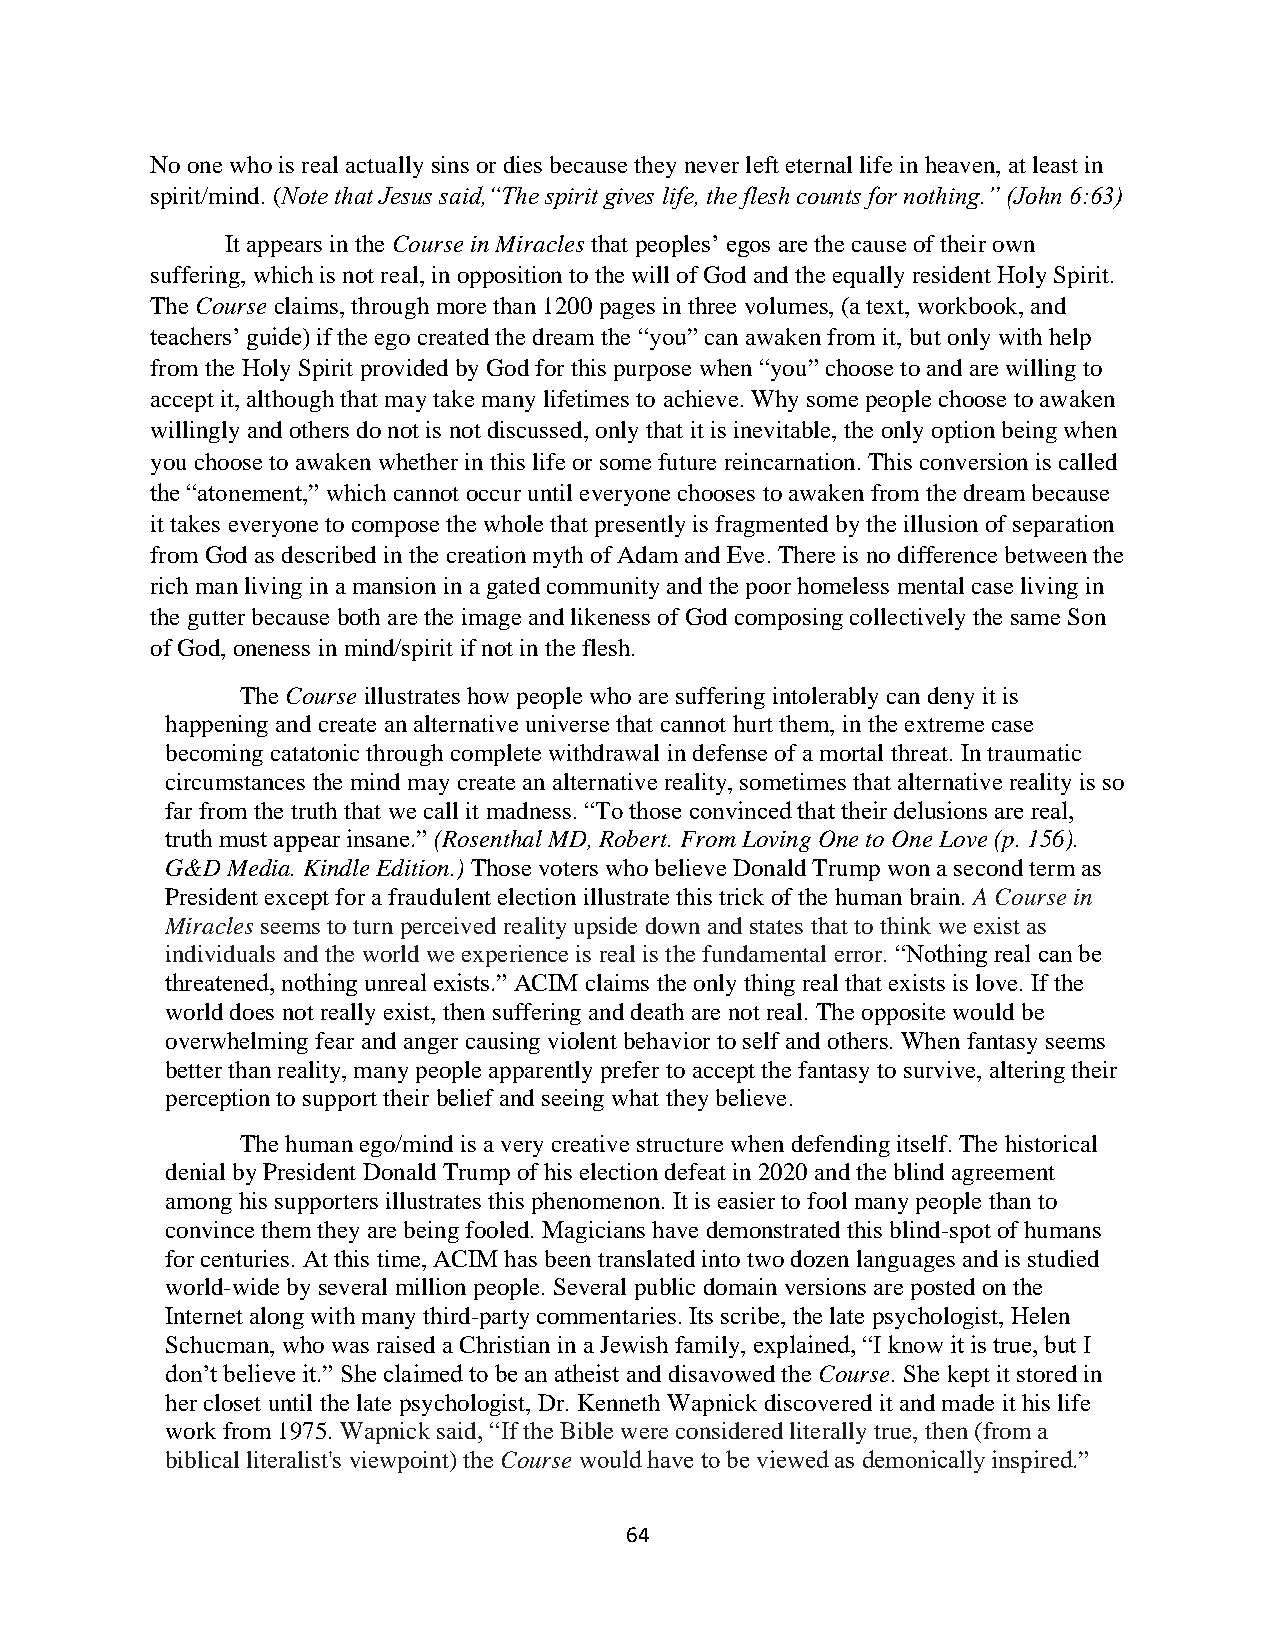
No one who is real actually sins or dies because they never left eternal life in heaven, at least in
 spirit/mind. (Note that Jesus said,“The spirit gives life, the flesh counts for nothing.” (John 6:63)
 It appears in the Course in Miracles that peoples’ egos are the cause of their own
 suffering, which is not real, in opposition to the will of God and the equally resident Holy Spirit.
 The Course claims, through more than 1200 pages in three volumes, (a text, workbook, and
 teachers’ guide) if the ego created the dream the “you” can awaken from it, but only with help
 from the Holy Spirit provided by God for this purpose when “you” choose to and are willing to
 accept it, although that may take many lifetimes to achieve. Why some people choose to awaken
 willingly and others do not is not discussed, only that it is inevitable, the only option being when
 you choose to awaken whether in this life or some future reincarnation. This conversion is called
 the “atonement,” which cannot occur until everyone chooses to awaken from the dream because
 it takes everyone to compose the whole that presently is fragmented by the illusion of separation
 from God as described in the creation myth of Adam and Eve. There is no difference between the
 rich man living in a mansion in a gated community and the poor homeless mental case living in
 the gutter because both are the image and likeness of God composing collectively the same Son
 of God, oneness in mind/spirit if not in the flesh.
 The Course illustrates how people who are suffering intolerably can deny it is
 happening and create an alternative universe that cannot hurt them, in the extreme case
 becoming catatonic through complete withdrawal in defense of a mortal threat. In traumatic
 circumstances the mind may create an alternative reality, sometimes that alternative reality is so
 far from the truth that we call it madness. “To those convinced that their delusions are real,
 truth must appear insane.” (Rosenthal MD, Robert. From Loving One to One Love (p. 156).
 G&D Media. Kindle Edition.) Those voters who believe Donald Trump won a second term as
 President except for a fraudulent election illustrate this trick of the human brain. A Course in
 Miracles seems to turn perceived reality upside down and states that to think we exist as
 individuals and the world we experience is real is the fundamental error. “Nothing real can be
 threatened, nothing unreal exists.” ACIM claims the only thing real that exists is love. If the
 world does not really exist, then suffering and death are not real. The opposite would be
 overwhelming fear and anger causing violent behavior to self and others. When fantasy seems
 better than reality, many people apparently prefer to accept the fantasy to survive, altering their
 perception to support their belief and seeing what they believe.
 The human ego/mind is a very creative structure when defending itself. The historical
 denial by President Donald Trump of his election defeat in 2020 and the blind agreement
 among his supporters illustrates this phenomenon. It is easier to fool many people than to
 convince them they are being fooled. Magicians have demonstrated this blind-spot of humans
 for centuries. At this time, ACIM has been translated into two dozen languages and is studied
 world-wide by several million people. Several public domain versions are posted on the
 Internet along with many third-party commentaries. Its scribe, the late psychologist, Helen
 Schucman, who was raised a Christian in a Jewish family, explained, “I know it is true, but I
 don’t believe it.” She claimed to be an atheist and disavowed the Course. She kept it stored in
 her closet until the late psychologist, Dr. Kenneth Wapnick discovered it and made it his life
 work from 1975. Wapnick said, “If the Bible were considered literally true, then (from a
 biblical literalist's viewpoint) the Course would have to be viewed as demonically inspired.”
 64